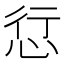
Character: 𢙡